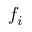
f _ { i }